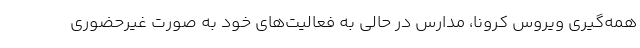
همه‌گیری ویروس کرونا، مدارس در حالی به فعالیت‌های خود به صورت غیرحضوری